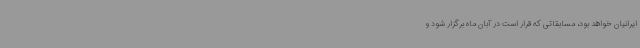
ایرانیان خواهد بود، مسابقاتی که قرار است در آبان ماه برگزار شود و